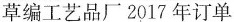
草编工艺品厂2017年订单